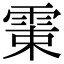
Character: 𩂺